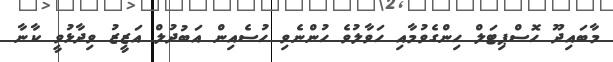
މާބައިދޫ ހޮސްޕިޓަލް ހިންގެވުމާއި ހަވާލުވެ ހުންނެވި ހުސެއިން އަބުދުލް އަޒީޒު ވިދާޅުވީ ކާނާ